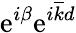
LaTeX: \mathrm{e}^{i\beta}\mathrm{e}^{i\overline{{k}}d}